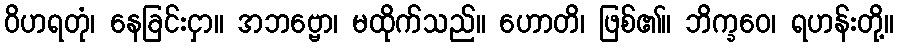
ဝိဟရတုံ၊ နေခြင်းငှာ။ အဘဗ္ဗော၊ မထိုက်သည်။ ဟောတိ၊ ဖြစ်၏။ ဘိက္ခဝေ၊ ရဟန်းတို့။